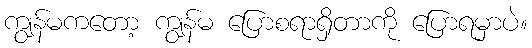
ကျွန်မကတော့ ကျွန်မ ပြောစရာရှိတာကို ပြောရမှာပဲ။